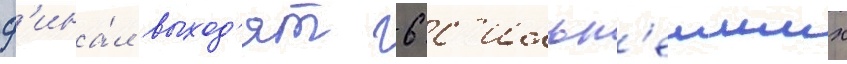
ф'ина́л выход'ят 6 с'ильн'еиших